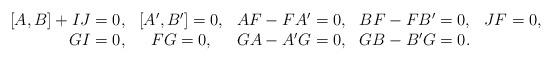
LaTeX: \begin{align*}\begin{array}{rcccc}[A,B]+IJ=0, & [A',B']=0, & AF-FA'=0, & BF-FB'=0, & JF=0,\\GI=0, & FG=0,& GA-A'G=0, & GB-B'G=0. &\end{array}\end{align*}